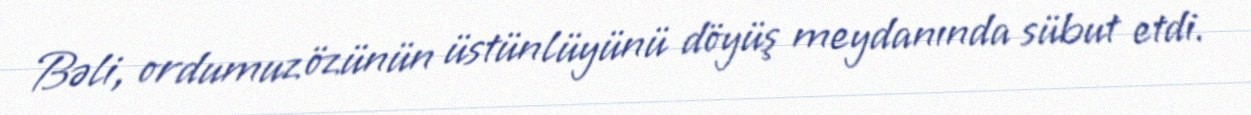
Bəli, ordumuz özünün üstünlüyünü döyüş meydanında sübut etdi.